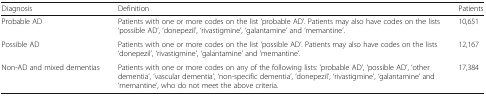
<table><thead><tr><td><b>Diagnosis</b></td><td><b>Definition</b></td><td><b>Patients</b></td></tr></thead><tbody><tr><td>Probable AD</td><td>Patients with one or more codes on the list ‘probable AD’. Patients may also have codes on the lists ‘possible AD’, ‘donepezil’, ‘rivastigmine’, ‘galantamine’ and ‘memantine’.</td><td>10,651</td></tr><tr><td>Possible AD</td><td>Patients with one or more codes on the list ‘possible AD’. Patients may also have codes on the lists ‘donepezil’, ‘rivastigmine’, ‘galantamine’ and ‘memantine’.</td><td>12,167</td></tr><tr><td>Non-AD and mixed dementias</td><td>Patients with one or more codes on any of the following lists: ‘probable AD’, ‘possible AD’, ‘other dementia’, ‘vascular dementia’, ‘non-specific dementia’, ‘donepezil’, ‘rivastigmine’, ‘galantamine’ and ‘memantine’, who do not meet the above criteria.</td><td>17,384</td></tr></tbody></table>